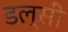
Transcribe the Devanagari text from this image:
डल्सी